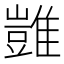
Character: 𩀡